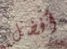
أفضل